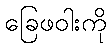
ခြေဖဝါးကို